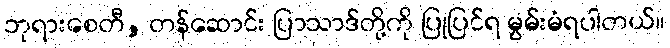
ဘုရားစေတီ, တန်ဆောင်း ပြာသာဒ်တို့ကို ပြုပြင်ရ မွမ်းမံရပါတယ်။